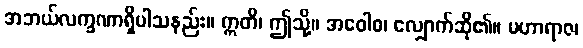
အဘယ်လက္ခဏာရှိပါသနည်း။ ဣတိ၊ ဤသို့။ အဝေါစ၊ လျှောက်ဆို၏။ မဟာရာဇ၊